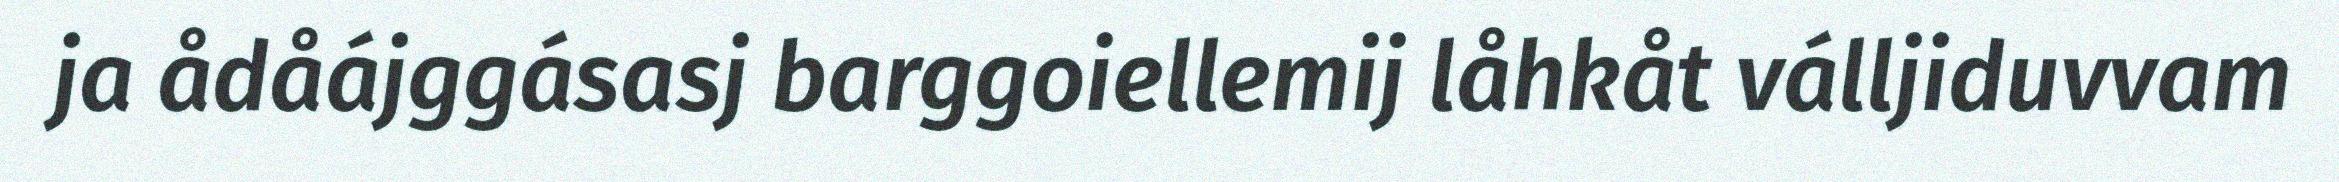
ja ådåájggásasj barggoiellemij låhkåt válljiduvvam